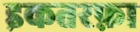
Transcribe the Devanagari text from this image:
इकतरफ़ा